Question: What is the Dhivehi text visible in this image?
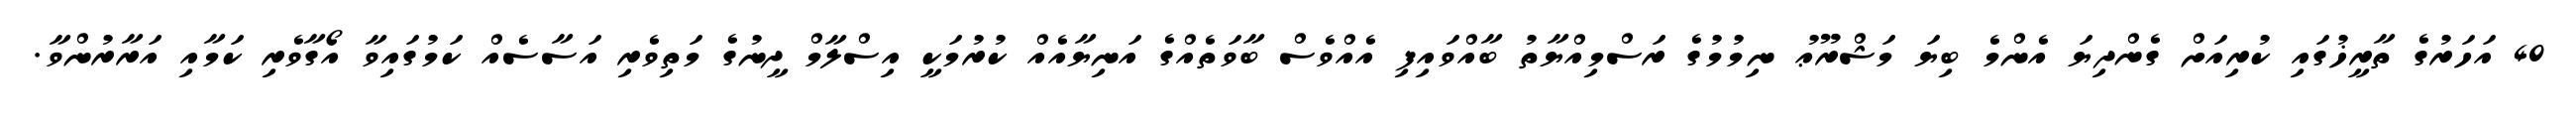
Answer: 40 އަހަރުގެ ތާރީޚުގައި ކުރިއަށް ގެންދިޔަ އެންމެ ބިޔަ މަޝްރޫޢު ނިމުމުގެ ރަސްމިއްޔާތު ބާއްވައިފި އެއްވެސް ބާވަތެއްގެ އަނިޔާއެއް ކުރުމަކީ އިސްލާމް ދީނުގެ މަތިވެރި އަސާސެއް ކަމުގައިވާ އޯގާވެރި ކަމާއި އަރާރުންވާ.